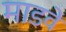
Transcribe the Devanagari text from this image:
माडवे